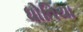
ધોતિયા